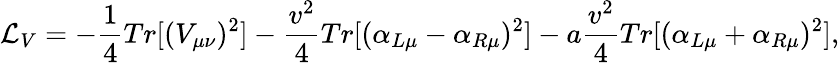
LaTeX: {\cal L}_{V}=-\frac{1}{4}Tr[(V_{\mu\nu})^{2}]-\frac{v^{2}}{4}Tr[(\alpha_{L\mu}-\alpha_{R\mu})^{2}]-a\frac{v^{2}}{4}Tr[(\alpha_{L\mu}+\alpha_{R\mu})^{2}],